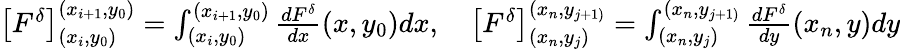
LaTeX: \begin{array}{r}{\left[F^{\delta}\right]_{(x_{i},y_{0})}^{(x_{i+1},y_{0})}=\int_{(x_{i},y_{0})}^{(x_{i+1},y_{0})}\frac{dF^{\delta}}{dx}(x,y_{0})dx,\quad\left[F^{\delta}\right]_{(x_{n},y_{j})}^{(x_{n},y_{j+1)}}=\int_{(x_{n},y_{j})}^{(x_{n},y_{j+1)}}\frac{dF^{\delta}}{dy}(x_{n},y)dy}\end{array}